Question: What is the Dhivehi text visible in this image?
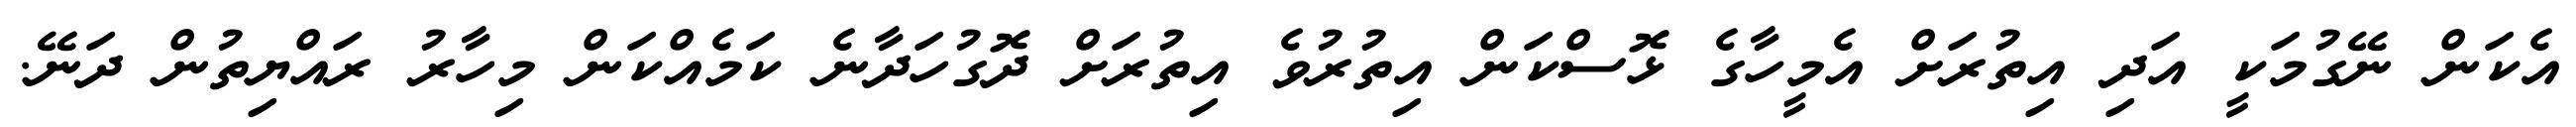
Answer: އެކަން ނޭގުމަކީ އަދި އިތުރަށް އެމީހާގެ ޅޮސްކަން އިތުރުވެ އިތުރަށް ދޮގުހަދާނެ ކަމެއްކަން މިހާރު ރައްޔިތުން ދަނޭ.